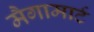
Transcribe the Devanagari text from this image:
मैगामार्ट